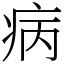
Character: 病